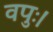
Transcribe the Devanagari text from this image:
वपुः।